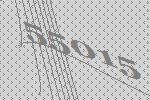
55015